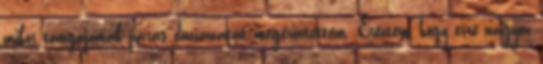
mikor tangájának párás duzzanatát megérintettem. Éreztem, hogy erre nagyon